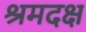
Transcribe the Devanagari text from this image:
श्रमदक्ष